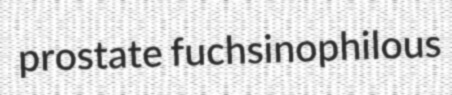
prostate fuchsinophilous